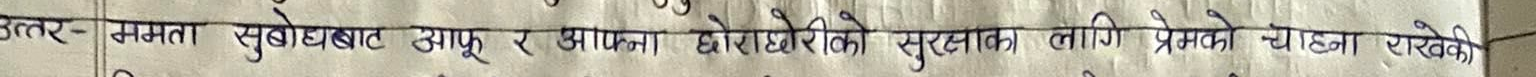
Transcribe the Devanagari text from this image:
उत्तर- क्षमता सुबोधबाट आफू र आफ्ना छोराछोरीको सुरक्षाका लागि प्रेमको चाहना राखेकी